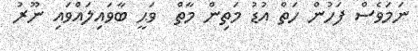
ނަމަވެސް ފަހުން ހަތް އުޑު މަތިން މާތް  ވަޙީ ބާވައިލައްވައި ނޫރު